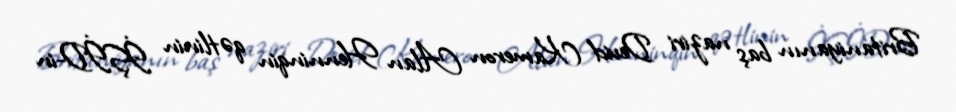
Britaniyanın baş naziri Devid Kameron Alan Henninqin qətlinin İŞİD-in